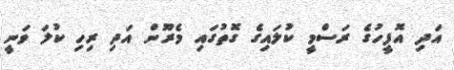
އަދި އޮފީހުގެ ރަސްމީ ކުލައިގެ ގޮތުގައި މެރޫން އަދި ރިހި ކުލަ ވަނީ